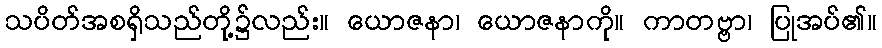
သပိတ်အစရှိသည်တို့၌လည်း။ ယောဇနာ၊ ယောဇနာကို။ ကာတဗ္ဗာ၊ ပြုအပ်၏။